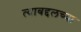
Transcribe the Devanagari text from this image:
त्याबद्दलच्या